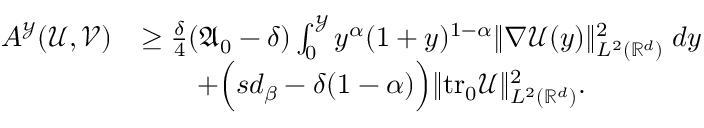
\begin{array} { r l } { A ^ { \mathcal { Y } } ( \mathcal { U } , \mathcal { V } ) } & { \geq \frac { \delta } { 4 } ( \mathfrak { A } _ { 0 } - \delta ) \int _ { 0 } ^ { \mathcal { Y } } { y ^ { \alpha } ( 1 + y ) ^ { 1 - \alpha } \| \nabla \mathcal { U } ( y ) \| _ { L ^ { 2 } ( \mathbb { R } ^ { d } ) } ^ { 2 } \; d y } } \\ & { \qquad + \Big ( s d _ { \beta } - \delta ( 1 - \alpha ) \Big ) \| \mathrm { t r _ { 0 } } \mathcal { U } \| _ { L ^ { 2 } ( \mathbb { R } ^ { d } ) } ^ { 2 } . } \end{array}